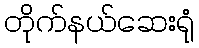
တိုက်နယ်ဆေးရုံ